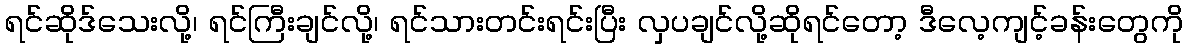
ရင်ဆိုဒ်သေးလို့၊ ရင်ကြီးချင်လို့၊ ရင်သားတင်းရင်းပြီး လှပချင်လို့ဆိုရင်တော့ ဒီလေ့ကျင့်ခန်းတွေကို